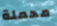
محملة